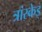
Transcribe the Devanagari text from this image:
त्रांस्केइ